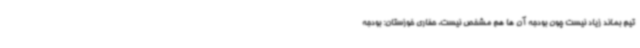
تیم بماند زیاد نیست چون بودجه آن ها هم مشخص نیست. حفاری خوزستان: بودجه